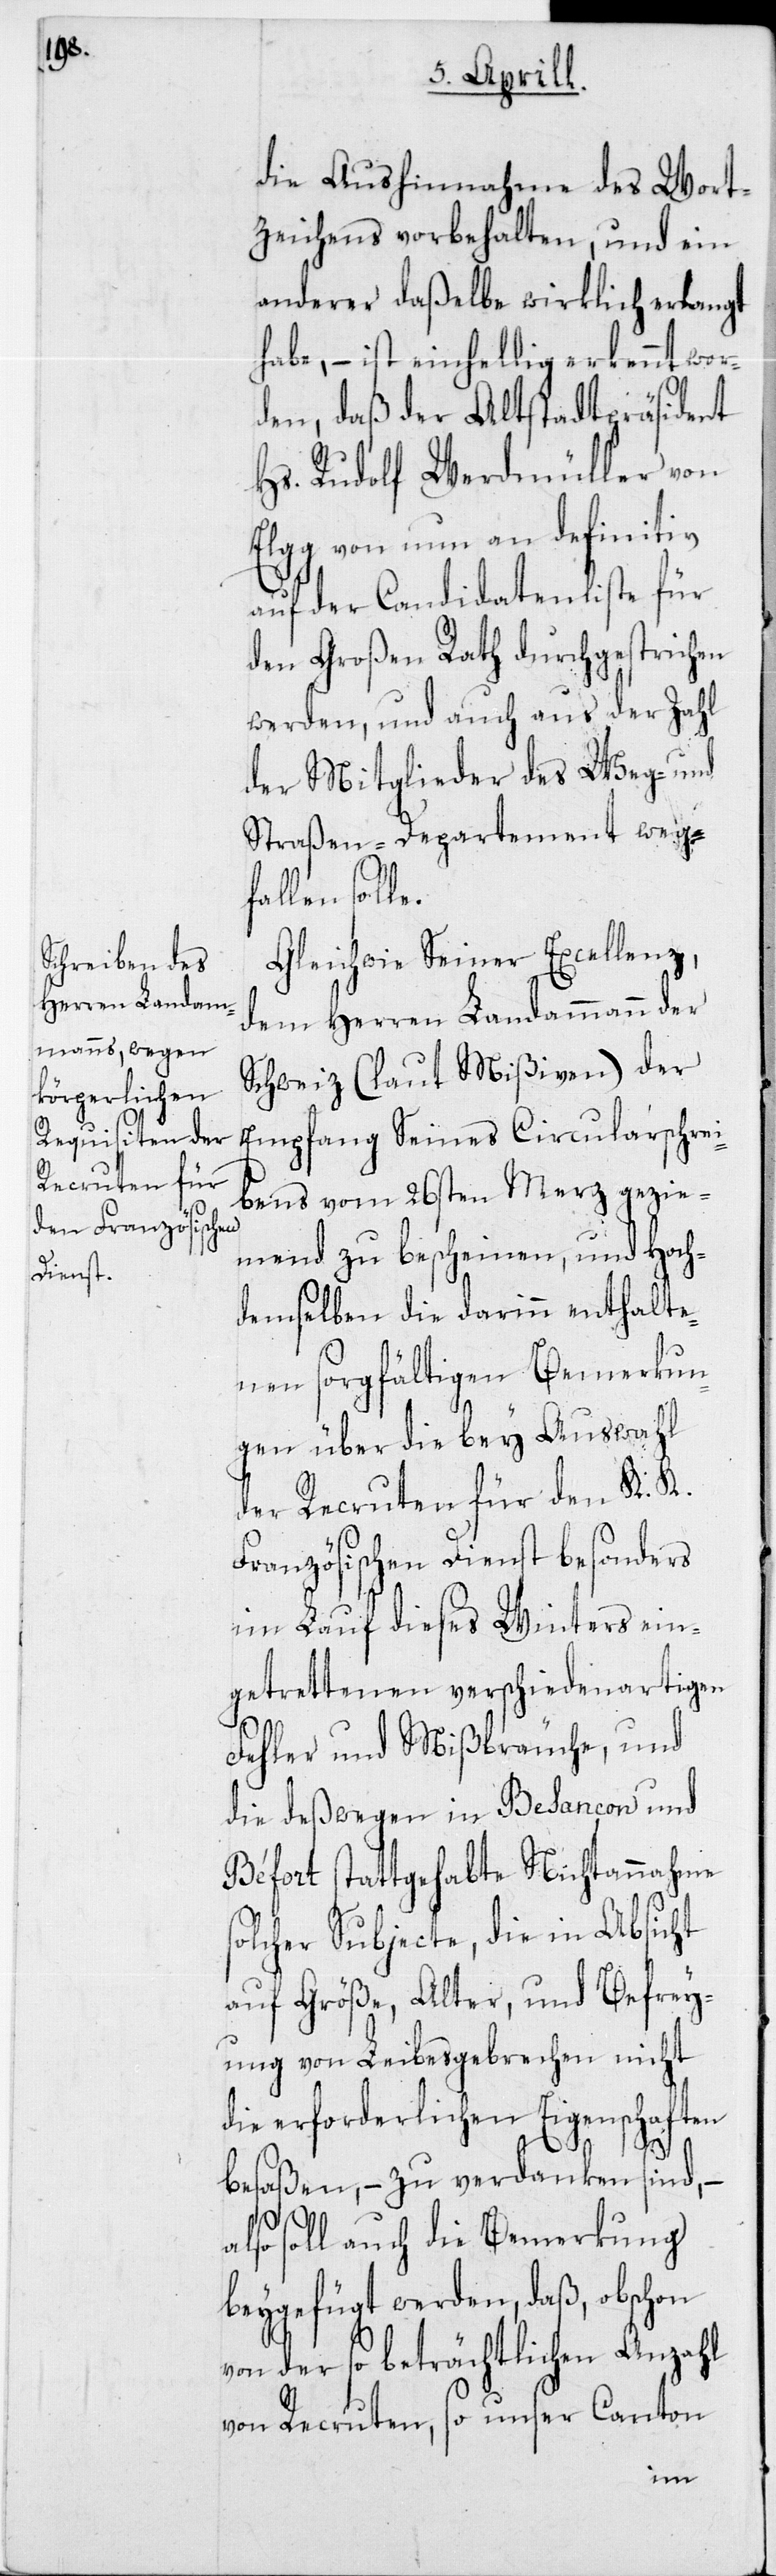
die Aushinnahme des Wort¬
zeichens vorbehalten, und ein
anderer daßelbe wirklich erlangt
habe, – ist einhellig erkennt wor¬
den, daß der Altstadtpräsident
Hs. Rudolf Werdmüller von
Elgg von nun an definitiv
auf der Candidatenliste für
den Großen Rath durchgestrichen
werden, und auch aus der Zahl
der Mitglieder des Weg- und
Straßen-Departement weg¬
fallen sol¬
Gleich wie Seiner Excellenz,
dem Herren Landammann der
Schweiz (laut Mißiven) der
Empfang seines Circularschrei¬
bens vom 26sten Merz gezie¬
mend zu bescheinen, und Hoch¬
demselben die darinn enthalte¬
nen sorgfältigen Bemerkun¬
gen über die bey Auswahl
der Recruten für den K. K.
Französischen Dienst besonders
im Lauf dieses Winters ein¬
getrettenen verschiedenartigen
Fehler und Mißbräuche, und
die deßwegen in Besançon und
Béfort stattgehabte Nichtannnahme
olcher Subjecte, die in Absicht
auf Größe, Alter, und Befrey¬
ung von Leibesgebrechen nicht
die erforderlichen Eigenschaften
a¬
besaßen, – zu verdanken sind, –
lso soll auch die Bemerkung
beygefügt werden, daß, obschon
von der so beträchtlichen Anzahl
von Recruten, so unser Canton